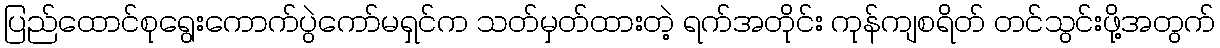
ပြည်ထောင်စုရွေးကောက်ပွဲကော်မရှင်က သတ်မှတ်ထားတဲ့ ရက်အတိုင်း ကုန်ကျစရိတ် တင်သွင်းဖို့အတွက်